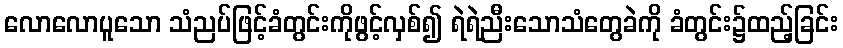
လောလောပူသော သံညပ်ဖြင့်ခံတွင်းကိုဖွင့်လှစ်၍ ရဲရဲညီးသောသံတွေခဲကို ခံတွင်း၌ထည့်ခြင်း